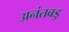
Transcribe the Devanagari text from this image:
अनंतबडु